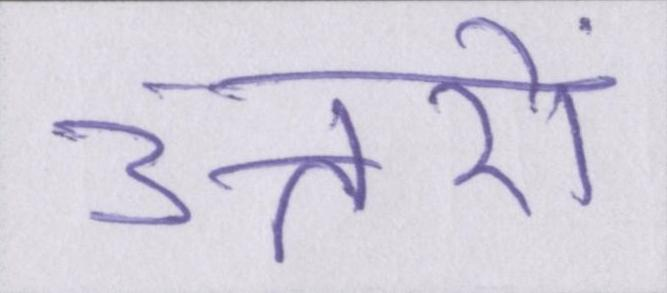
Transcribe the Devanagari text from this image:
उत्तरों